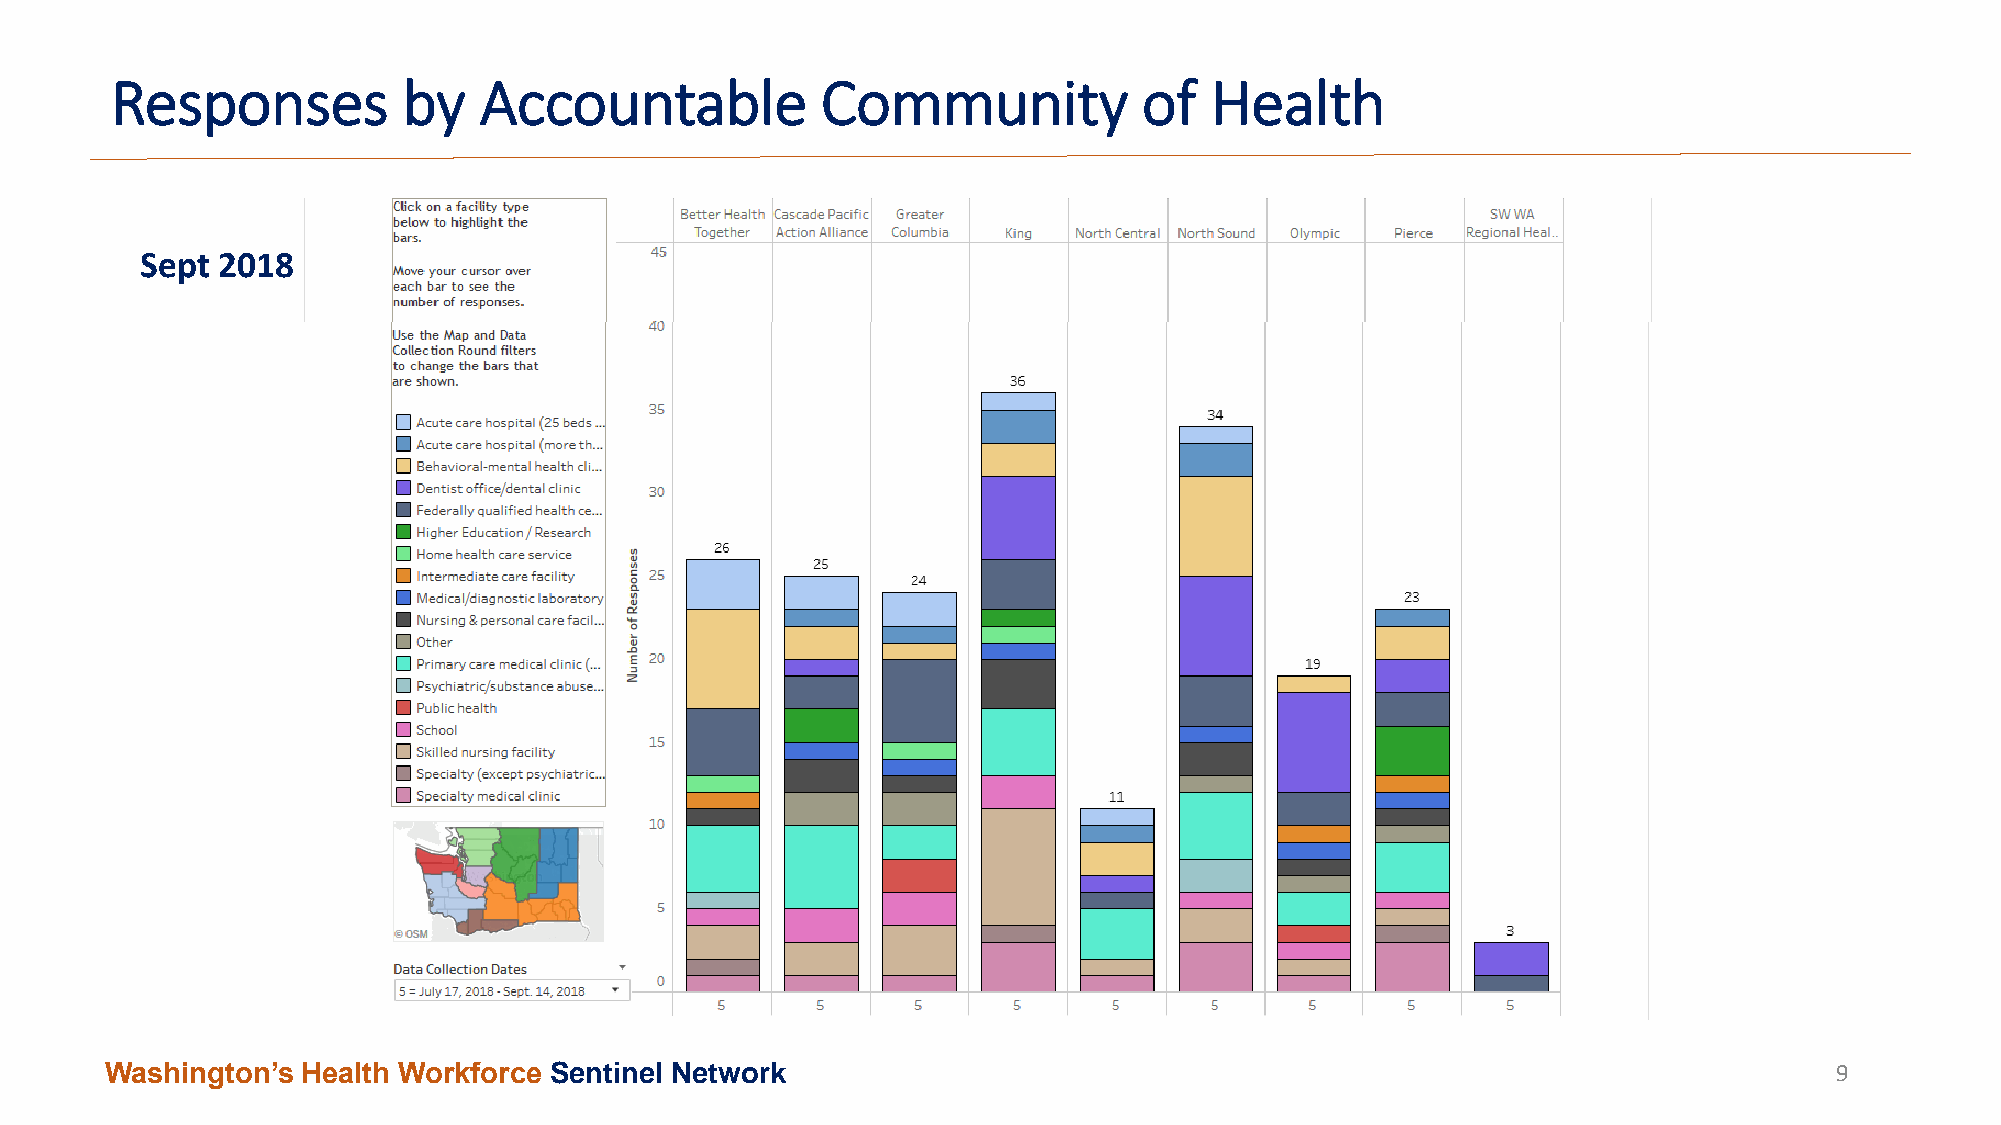
Responses           by   Accountable           Community             of  Health
 Sept 2018
 Washington’s Health Workforce Sentinel Network                                                                    9